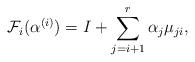
LaTeX: \begin{align*}\mathcal{F}_i(\alpha^{(i)})=I+\sum_{j=i+1}^r \alpha_j \mu_{ji},\end{align*}